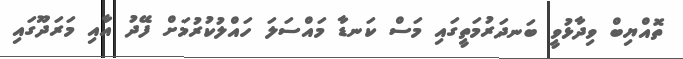
ތޮއްޔިބް ވިދާޅުވީ ބަނދަރުމަތީގައި މަސް ކަނޑާ މައްސަލަ ހައްލުކުރުމަށް ފޭދު އާއި މަރަދޫގައި